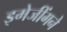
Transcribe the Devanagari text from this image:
इमेजींगने